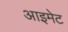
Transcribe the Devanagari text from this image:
आइमेट